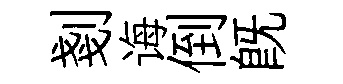
剗诲倒既